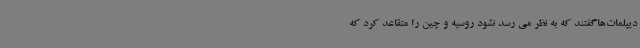
دیپلمات‌هاگفتند که به نظر می رسد نشود روسیه و چین را متقاعد کرد که